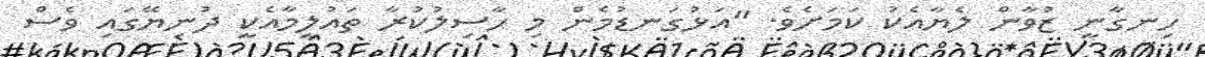
ހިނގާނީ ޒުވާން ލެޔާއެކު ކަމަށެވެ. "އަޅުގަނޑުމެން މި ހާސިލުކުރާ ތައުލީމާއެކީ ދުނިޔޭގައި ވެސް